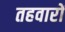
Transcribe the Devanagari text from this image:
तहवारों